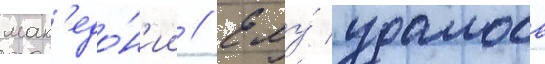
мак'едо́н'ии // Ему́ удалось